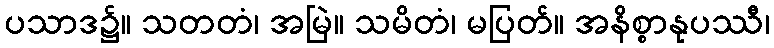
ပသာဒ၌။ သတတံ၊ အမြဲ။ သမိတံ၊ မပြတ်။ အနိစ္စာနုပဿီ၊